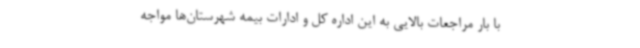
با بار مراجعات بالایی به این اداره کل و ادارات بیمه شهرستان‌ها مواجه